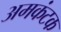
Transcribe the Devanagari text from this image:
अमकंटक